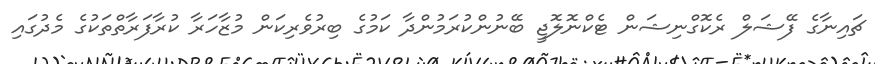
ޗައިނާގެ ފޭޝަލް ރެކޮގްނިޝަން ޓެކްނޮލޮޖީ ބޭނުންކުރަމުންދާ ކަމުގެ ބިރުވެރިކަން މުޒާހަރާ ކުރާފަރާތްތަކުގެ މެދުގައި